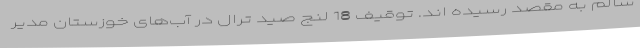
سالم به مقصد رسیده اند. توقیف 18 لنج صید ترال در آب‌های خوزستان مدیر